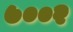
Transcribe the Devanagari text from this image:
७००२